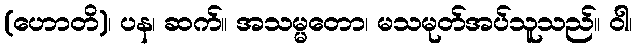
(ဟောတိ)၊ ပန၊ ဆက်။ အသမ္မတော၊ မသမုတ်အပ်သူသည်။ ဝါ၊